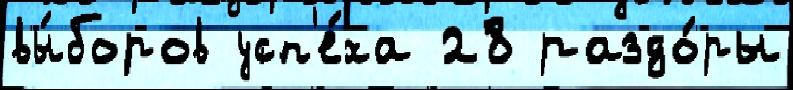
вы́боров усп'е́ха 28 раздо́ры